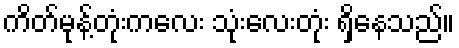
ကိတ်မုန့်တုံးကလေး သုံးလေးတုံး ရှိနေသည်။